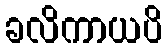
ခလိကာယပိ